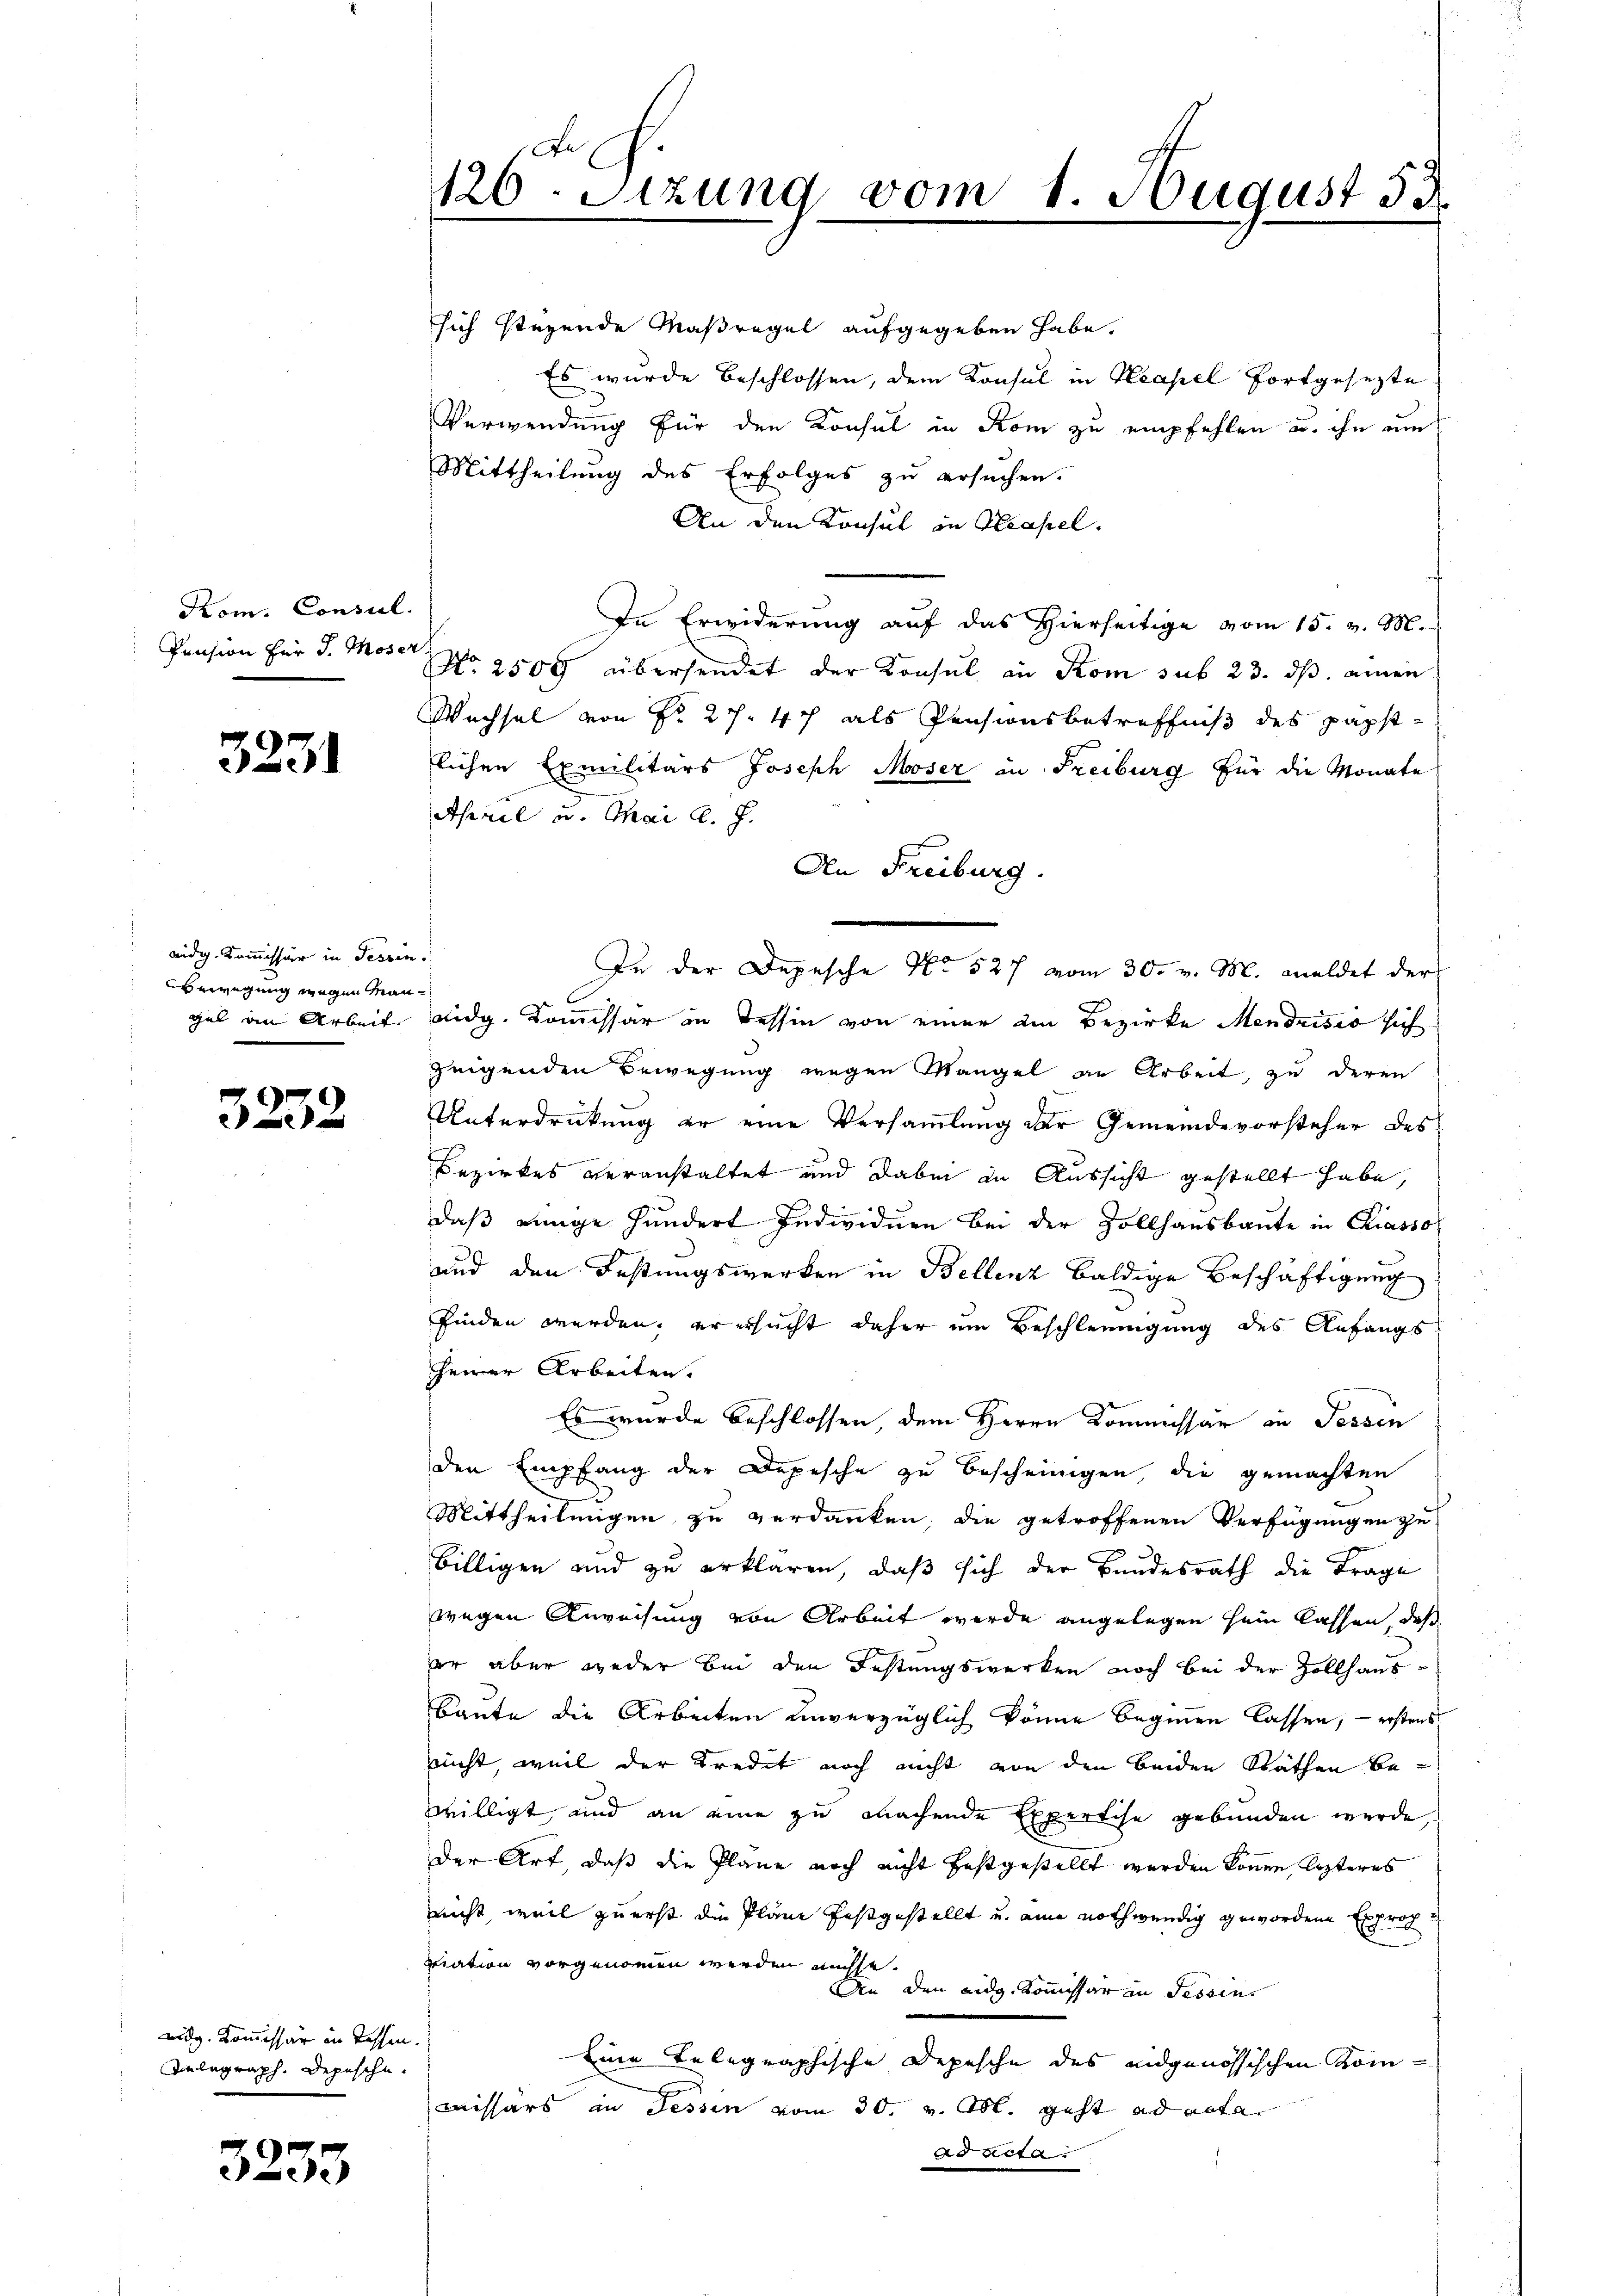
Kom. Consil.
Pension für J. Moser.

3231

eidg. Kommissär in Tessin.
Bewegung wegen Man¬

3252

eidg. Kommissär in Tessen.
Anlagraph Depesche

3233

sich stehende Maßregel aufgegeben habe.
Es wurde beschlossen, dem Konsul in Neapel fortgesezte
Verwendung für den Konsul in Kom zu empfehlen u. ihn um
Mittheilung des Erfolges zu ersuchen.
An den Konsul in Klassel.
In Erwiderung auf das Hierseitige vom 15. v. M.
No. 2509 übersendet der Konsul in Rom sub 23. ds. einen
Wechsel von Fr. 27. 47 als Pensionsbetreffniß des Papstlichen Exmilitärs Joseph Moser in Freiburg für die Monate
April u. Mai l. J.
An Freiburg.
In der Depesche No 527 vom 30. v. M. meldet der
gel an Arbeit eidg. Kommissär in Tessin von einer im Bezirke Mendrisis sich
zeigenden Bewegung wegen Mangel an Arbeit, zu deren
Unterdrückung er eine Versammlung der Gemeindevorsteher des
Bezirkes veranstaltet und dabei in Aussicht gestellt habe,
daß einige hundert Individuen bei der Zollhausbaute in Kiasso
und den Festungswerken in Bellenz baldige Beschäftigung
finden werden, er ersucht daher um Beschleunigung des Anfangs¬
Herrer Arbeiten.
Es wurde beschlossen, dem Herrn Commissär in Fessen
den Empfang der Depesche zu Bescheinigen, die gemachten
Mittheilungen zu verdanken, die getroffenen Verfügungen zu
billigen und zu erklären, daß sich der Bundesrath die Frage
wegen Anweisung von Arbeit werde angelegen sein lassen, daß
er aber weder bei den Festungswerken noch bei der Zollhaus-
Baute die Arbeiten unverzüglich könne beginen lassen, – erstens
nicht, weil der Kredit noch nicht von den beiden Räthen bewilligt und an eine zu machende Expertise gebunden werde,
der Art, daß die Plane noch nicht festgestellt werden können lezteres
nicht, weil zuerst die Pläne festgestellt und eine nothwendig gewordene Exproch
itiation vorgenommen werden mich
e
An den eidg. Kommissär in Tessin
Eine Telegraphische Depesche des eidgenössischen Komx
missärs in Tessin vom 30. v. M. geht ad acta
ad acta.

126. Sitzung vom 1. August 33.